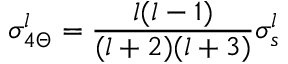
\sigma _ { 4 \Theta } ^ { l } = { \frac { l ( l - 1 ) } { ( l + 2 ) ( l + 3 ) } } \sigma _ { s } ^ { l }